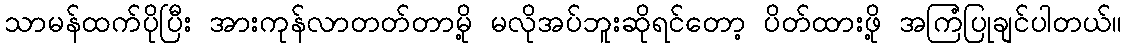
သာမန်ထက်ပိုပြီး အားကုန်လာတတ်တာမို့ မလိုအပ်ဘူးဆိုရင်တော့ ပိတ်ထားဖို့ အကြံပြုချင်ပါတယ်။